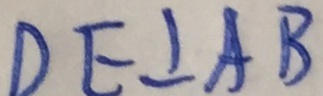
D E \bot A B